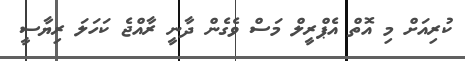
ކުރިއަށް މި އޮތް އެޕްރީލް މަސް ވެގެން ދާނީ ރާއްޖެ ކަހަލަ ރިޔާސީ